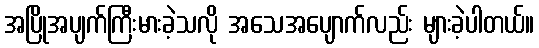
အပြိုအပျက်ကြီးမားခဲ့သလို အသေအပျောက်လည်း များခဲ့ပါတယ်။